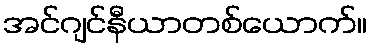
အင်ဂျင်နီယာတစ်ယောက်။